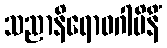
သညာနိရောဓဂါမိနိံ